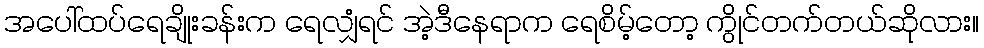
အပေါ်ထပ်ရေချိုးခန်းက ရေလျှံရင် အဲ့ဒီနေရာက ရေစိမ့်တော့ ကွိုင်တက်တယ်ဆိုလား။